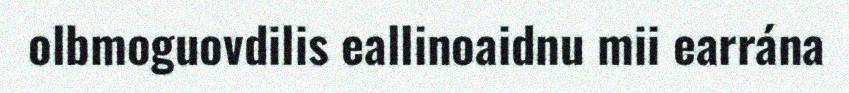
olbmoguovdilis eallinoaidnu mii earrána